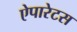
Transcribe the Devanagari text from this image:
ऐपारेटस